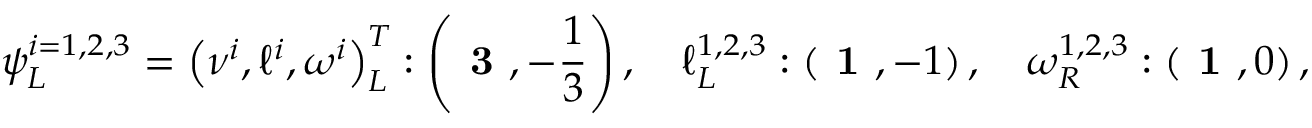
\psi _ { L } ^ { i = 1 , 2 , 3 } = \left( \nu ^ { i } , \ell ^ { i } , \omega ^ { i } \right) _ { L } ^ { T } : \left( \textbf { 3 } , - \frac { 1 } { 3 } \right) , \quad \ell _ { L } ^ { 1 , 2 , 3 } : \left( \textbf { 1 } , - 1 \right) , \quad \omega _ { R } ^ { 1 , 2 , 3 } : \left( \textbf { 1 } , 0 \right) ,